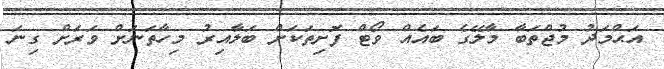
އަޙްމަދު މުޖްތަބާ މާލޭގެ ބައެއް ވޯޓް ފޮށިތަކަށް ބަލާއިރު މިހާތަނަށް ވަރަށް ގިނަ